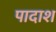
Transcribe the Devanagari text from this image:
पादाश